Annual report on the Civil Veterinary Department, Burma (including the Insein Veterinary School) - 1932-1941
Year: 1932
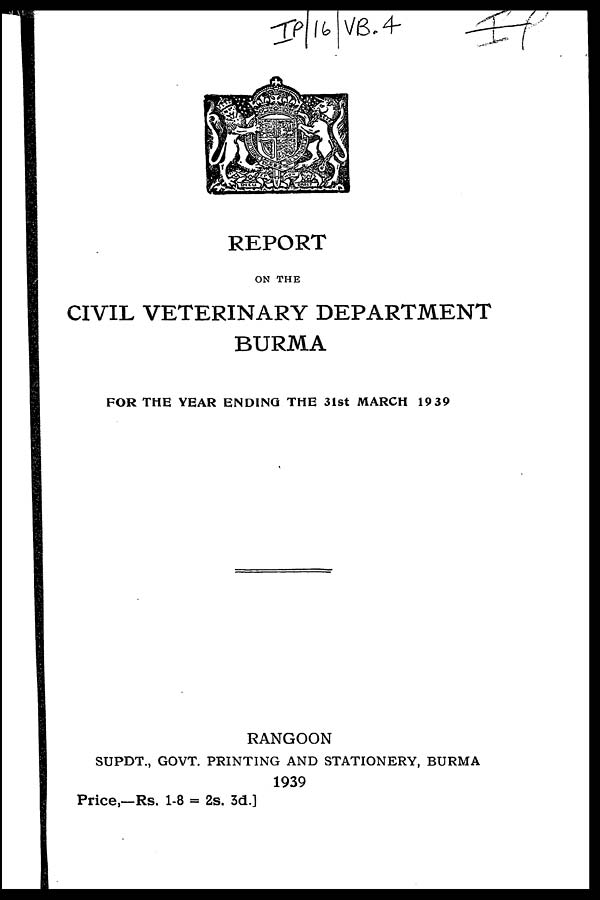
REPORT
ON THE
CIVIL VETERINARY DEPARTMENT
BURMA
FOR THE YEAR ENDING THE 31st MARCH 19 39
RANGOON
SUPDT., GOVT. PRINTING AND STATIONERY, BURMA
1939
Price,—Rs. 1-8 = 2s. 3d.]